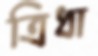
ত্রিধা